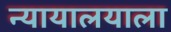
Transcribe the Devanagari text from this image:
न्यायालयाला